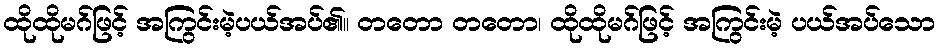
ထိုထိုမဂ်ဖြင့် အကြွင်းမဲ့ပယ်အပ်၏။ တတော တတော၊ ထိုထိုမဂ်ဖြင့် အကြွင်းမဲ့ ပယ်အပ်သော